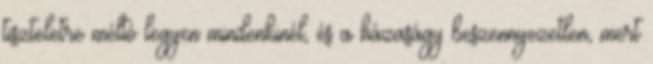
tiszteletre méltó legyen mindenkinél, és a házaságy beszennyezetlen, mert